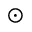
_ { \odot }